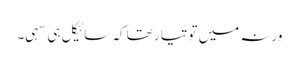
ورنہ میں تو تیار تھا کہ سائیکل ہی سہی۔